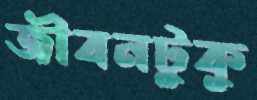
জীবনটুকু